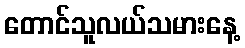
တောင်သူလယ်သမားနေ့